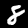
Digit: 8